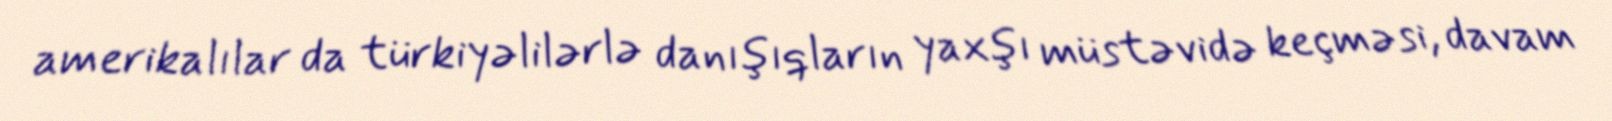
amerikalılar da türkiyəlilərlə danışıqların yaxşı müstəvidə keçməsi, davam